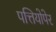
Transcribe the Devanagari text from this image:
पत्तियोपेर